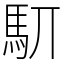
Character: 䭶